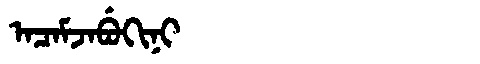
Manchu: ᠠᠴᠠᠮᠵᠠᠪᡠᡴᡳᠨᡳ
Romanization: ACAMJABUKINI